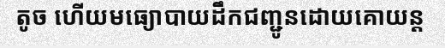
តូច ហើយមធ្យោបាយដឹកជញ្ជូនដោយគោយន្ត